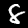
Label: 8